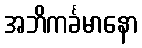
အဘိကင်္ခမာနော